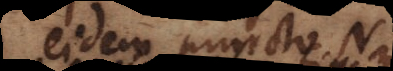
eidem puncto N